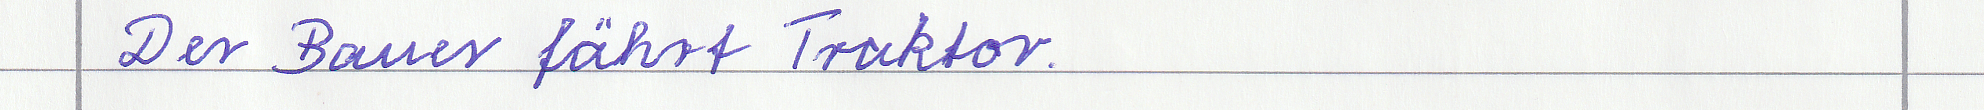
Der Bauer fährt Traktor.